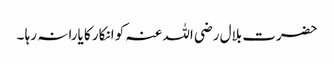
حضرت بلال رضی اللہ عنہ کو انکار کا یارا نہ رہا ۔